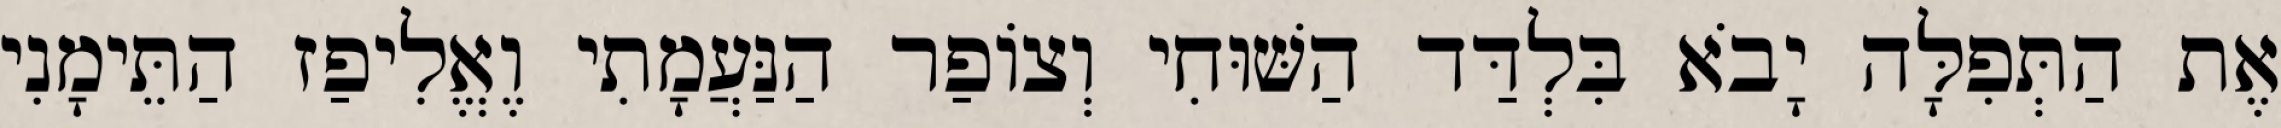
אֶת הַתְּפִלָּה יָבֹא בִּלְדַּד הַשּׁוּחִי וְצוֹפַר הַנַּעֲמָתִי וֶאֱלִיפַז הַתֵּימָנִי